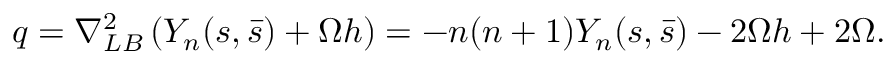
q = \nabla _ { L B } ^ { 2 } \left( Y _ { n } ( s , \bar { s } ) + \Omega h \right) = - n ( n + 1 ) Y _ { n } ( s , \bar { s } ) - 2 \Omega h + 2 \Omega .